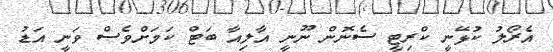
އެރޯލު ކުޅޭނީ ކްރިޓީ ސެނޮން ނޫނީ އާލިއާ ބަޓް ކަމަށްވެސް ވަނީ އަޑު